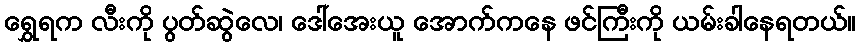
ရွှေရက လီးကို ပွတ်ဆွဲလေ၊ ဒေါ်အေးယူ အောက်ကနေ ဖင်ကြီးကို ယမ်းခါနေရတယ်။